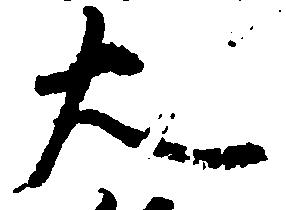
大